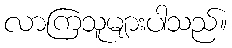
လာကြသူများပါသည်။